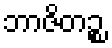
ဘာဇိတဉ္စ